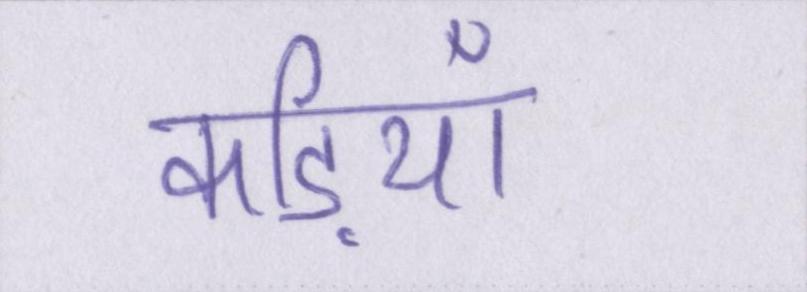
कड़ियाँ